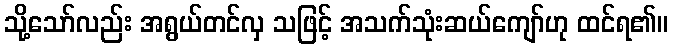
သို့သော်လည်း အရွယ်တင်လှ သဖြင့် အသက်သုံးဆယ်ကျော်ဟု ထင်ရ၏။